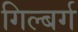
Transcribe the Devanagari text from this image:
गिल्बर्ग